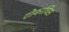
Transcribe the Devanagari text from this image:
टोकाचिस